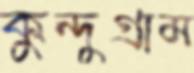
কুন্দুগ্রাম